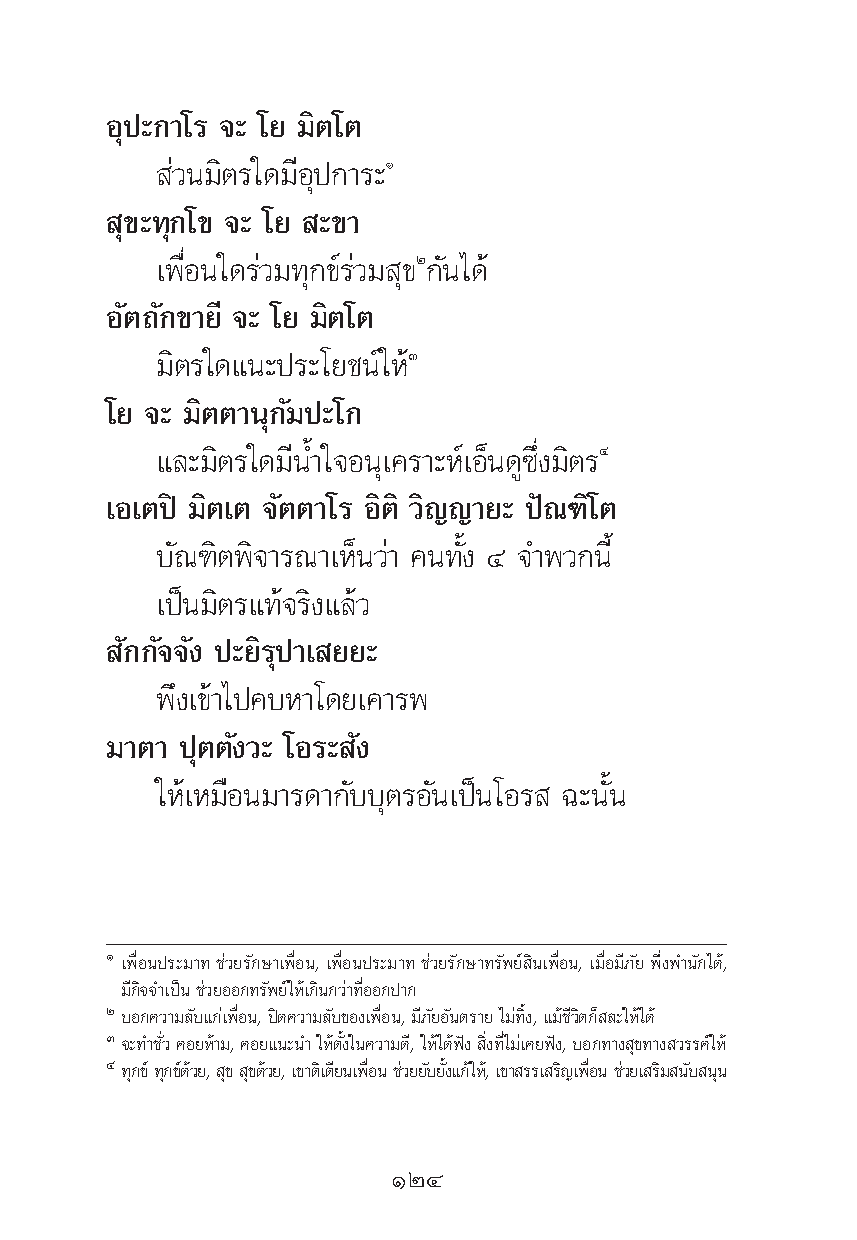
Õÿª–°“‚√ ®– ‚¬ ¡‘μ‚μ
 à«π¡‘μ√„¥¡’Õÿª°“√–Ò
 ÿ¢–∑ÿ°‚¢ ®– ‚¬ –¢“
 ‡æ◊ËÕπ„¥√à«¡∑ÿ°¢å√à«¡ ÿ¢Ú°—π‰¥â
 Õ—μ∂—°¢“¬’ ®– ‚¬ ¡‘μ‚μ
 ¡‘μ√„¥·π–ª√–‚¬™πå„ÀâÛ
 ‚¬ ®– ¡‘μμ“πÿ°—¡ª–‚°
 ·≈–¡‘μ√„¥¡’πÈ”„®Õπÿ‡§√“–Àå‡ÕÁπ¥Ÿ´÷Ëß¡‘μ√Ù
 ‡Õ‡μªî ¡‘μ‡μ ®—μμ“‚√ Õ‘μ‘ «‘≠≠“¬– ªí≥±‘‚μ
 ∫—≥±‘μæ‘®“√≥“‡ÀÁπ«à“ §π∑—Èß Ù ®”æ«°π’È
 ‡ªìπ¡‘μ√·∑â®√‘ß·≈â«
 —°°—®®—ß ª–¬‘√ÿª“‡ ¬¬–
 æ÷ß‡¢â“‰ª§∫À“‚¥¬‡§“√æ
 ¡“μ“ ªÿμμ—ß«– ‚Õ√– —ß
 „Àâ‡À¡◊Õπ¡“√¥“°—∫∫ÿμ√Õ—π‡ªìπ‚Õ√ ©–π—Èπ
 Ò ‡æ◊ËÕπª√–¡“∑ ™à«¬√—°…“‡æ◊ËÕπ, ‡æ◊ËÕπª√–¡“∑ ™à«¬√—°…“∑√—æ¬å ‘π‡æ◊ËÕπ, ‡¡◊ËÕ¡’¿—¬ æ÷Ëßæ”π—°‰¥â,
 ¡’°‘®®”‡ªìπ™à«¬ÕÕ°∑√—æ¬å„Àâ‡°‘π°«à“∑’ËÕÕ°ª“°
 Ú∫Õ°§«“¡≈—∫·°à‡æ◊ËÕπ,ªî¥§«“¡≈—∫¢Õß‡æ◊ËÕπ,¡’¿—¬Õ—πμ√“¬‰¡à∑‘Èß, ·¡â™’«‘μ°Á ≈–„Àâ‰¥â
 Û®–∑”™—Ë« §Õ¬Àâ“¡,§Õ¬·π–π”„Àâμ—Èß„π§«“¡¥’,„Àâ‰¥âøíß ‘Ëß∑’Ë‰¡à‡§¬øíß,∫Õ°∑“ß ÿ¢∑“ß «√√§å„Àâ
 Ù∑°ÿ ¢å∑°ÿ ¢¥å «â ¬, ¢ÿ ¢ÿ ¥«â ¬,‡¢“μ‡‘μ¬’ π‡æÕ◊Ë π™«à ¬¬∫— ¬ß—È ·°â„À,â ‡¢“ √√‡ √≠‘ ‡æÕ◊Ë π™«à ¬‡ √¡‘ π∫— ππÿ
 ÒÚÙ